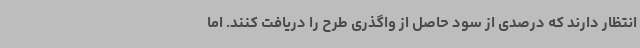
انتظار دارند که درصدی از سود حاصل از واگذری طرح را دریافت کنند. اما